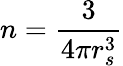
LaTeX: n=\frac{3}{4\pi r_{s}^{3}}